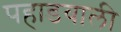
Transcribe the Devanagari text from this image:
पहाडवाली